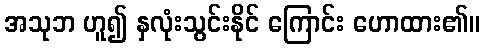
အသုဘ ဟူ၍ နှလုံးသွင်းနိုင် ကြောင်း ဟောထား၏။